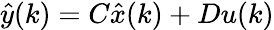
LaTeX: {\hat{y}}(k)=C{\hat{x}}(k)+Du(k)